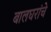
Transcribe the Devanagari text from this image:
बालघरांचे